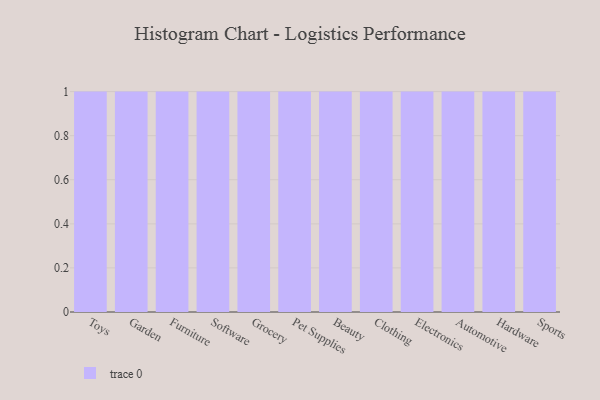
{"axis": {"x": "Category", "y": "Demand Index"}, "legend": [""], "data": [{"x": "Toys", "y": 81, "type": ""}, {"x": "Garden", "y": 75, "type": ""}, {"x": "Furniture", "y": 37, "type": ""}, {"x": "Software", "y": 33, "type": ""}, {"x": "Grocery", "y": 96, "type": ""}, {"x": "Pet Supplies", "y": 85, "type": ""}, {"x": "Beauty", "y": 32, "type": ""}, {"x": "Clothing", "y": 23, "type": ""}, {"x": "Electronics", "y": 19, "type": ""}, {"x": "Automotive", "y": 59, "type": ""}, {"x": "Hardware", "y": 20, "type": ""}, {"x": "Sports", "y": 44, "type": ""}]}